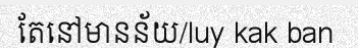
តែនៅមានន័យ/luy kak ban